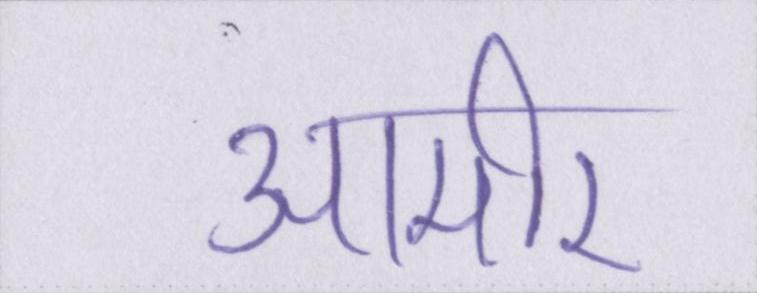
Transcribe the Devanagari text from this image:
आमीर